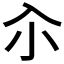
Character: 𡭗